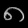
Digit: ၈